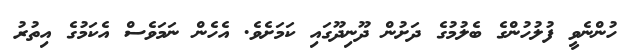
ހުންނެވީ ފުލުހުންގެ ބެލުމުގެ ދަށުން ދޫނިދޫގައި ކަަމަށެވެ. އެހެން ނަމަވެސް އެކަމުގެ އިތުރު